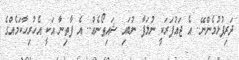
ދަރިފުޅުމެންނޭ.. އެ ޖައުފަރަކީ ނުލަފާ ނުބައި ޝައިޠޯނެއް.. އެ ފާތިނާ އަކީ އެހުރިހާކަމެއްގެ